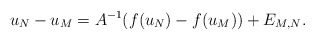
\begin{align*}u_N-u_M=A^{-1}(f(u_N)-f(u_M))+E_{M,N}.\end{align*}